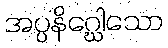
အပ္ပနိဂ္ဃေါသော